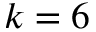
k = 6